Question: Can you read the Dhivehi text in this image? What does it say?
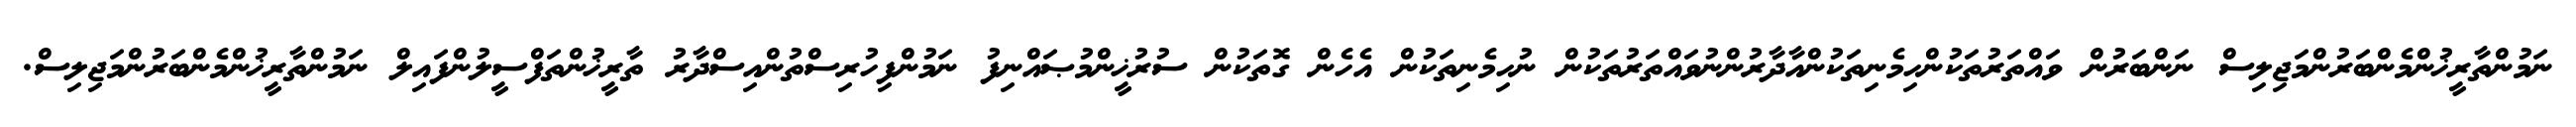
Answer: ނަމުންތާރީޚުންމެންބަރުންމަޖިލިސް ނަންބަރުން ވައްތަރުތަކުންހިމެނިތަކުންއާދާރުންނުވައްތަރުތަކުން ނުހިމެނިތަކުން އެހެން ގޮތަކުން ސުރުޚީންމުޞައްނިފު ނަމުންފިހުރިސްތުންއިސްދާރު ތާރީޚުންތަފްސީލުންފައިލް ނަމުންތާރީޚުންމެންބަރުންމަޖިލިސް.